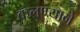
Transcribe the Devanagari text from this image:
कलण्याने